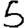
Digit: 5